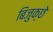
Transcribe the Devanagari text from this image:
बिजुक्छे